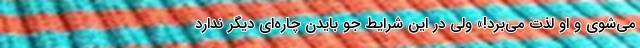
می‌شوی و او لذت می‌برد!» ولی در این شرایط جو بایدن چاره‌ای دیگر ندارد